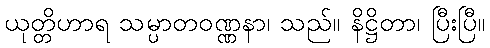
ယုတ္တိဟာရ သမ္ပာတဝဏ္ဏနာ၊ သည်။ နိဋ္ဌိတာ၊ ပြီးပြီ။